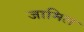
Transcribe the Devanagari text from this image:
जामिल